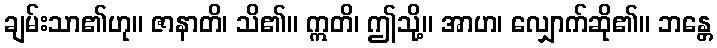
ချမ်းသာ၏ဟု။ ဇာနာတိ၊ သိ၏။ ဣတိ၊ ဤသို့။ အာဟ၊ လျှောက်ဆို၏။ ဘန္တေ